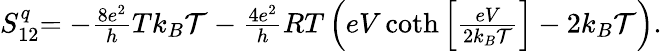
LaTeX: \begin{array}{r}{{S_{12}^{q}}{=-\frac{8e^{2}}{h}Tk_{B}\mathcal{T}-\frac{4e^{2}}{h}RT\left(eV\coth\left[\frac{eV}{2k_{B}\mathcal{T}}\right]-2k_{B}\mathcal{T}\right).}}\end{array}